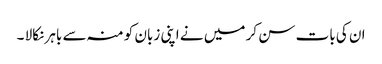
ان کی بات سن کر میں نے اپنی زبان کو منہ سے باہر نکالا ۔